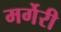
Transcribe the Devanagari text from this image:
मर्गेरी